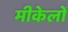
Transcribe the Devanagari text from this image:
मीकेलों